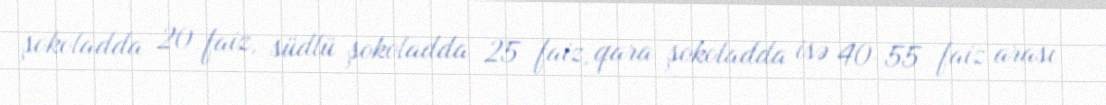
şokoladda 20 faiz, südlü şokoladda 25 faiz, qara şokoladda isə 40-55 faiz arası